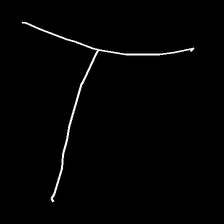
Glyph: column